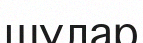
шулар